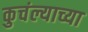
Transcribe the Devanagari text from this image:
कुचंल्याच्या